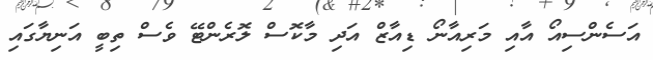
އަސެންސިއޯ އާއި މަރިއާނޯ ޑިއާޒް އަދި މާކޮސް ލޮރެންޓޭ ވެސް ތިބީ އަނިޔާގައި